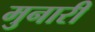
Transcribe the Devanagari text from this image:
मुनारी